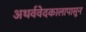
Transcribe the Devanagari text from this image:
अथर्ववेदकालापासून